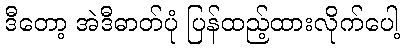
ဒီတော့ အဲဒီဓာတ်ပုံ ပြန်ထည့်ထားလိုက်ပေါ့